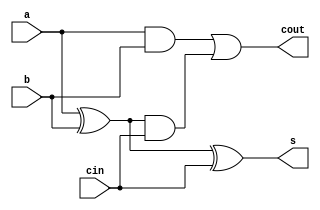

//////////////////////////////////////////////////////////////////////////////////
// Company: 
// Engineer: 
// 
// Design Name: 
// Module Name:    Full_adder_1b 
// Project Name: 
// Target Devices: 
// Tool versions: 
// Description: 
//
// Dependencies: 
//
// Revision: 
// Revision 0.01 - File Created
// Additional Comments: 
//
//////////////////////////////////////////////////////////////////////////////////
module Full_adder_1b(a,b,cin,s,cout);
input a,b,cin;
output s,cout;

wire s_temp,c_temp,x_temp;
xor x1(s_temp,a,b);
xor x2(s,s_temp,cin);//s = (a xor b)xor cin
and a1(c_temp,a,b);
and a2(x_temp,s_temp,cin);
or  o1(cout,c_temp,x_temp);// cout = (a&b) + (a xor b)&cin

endmodule